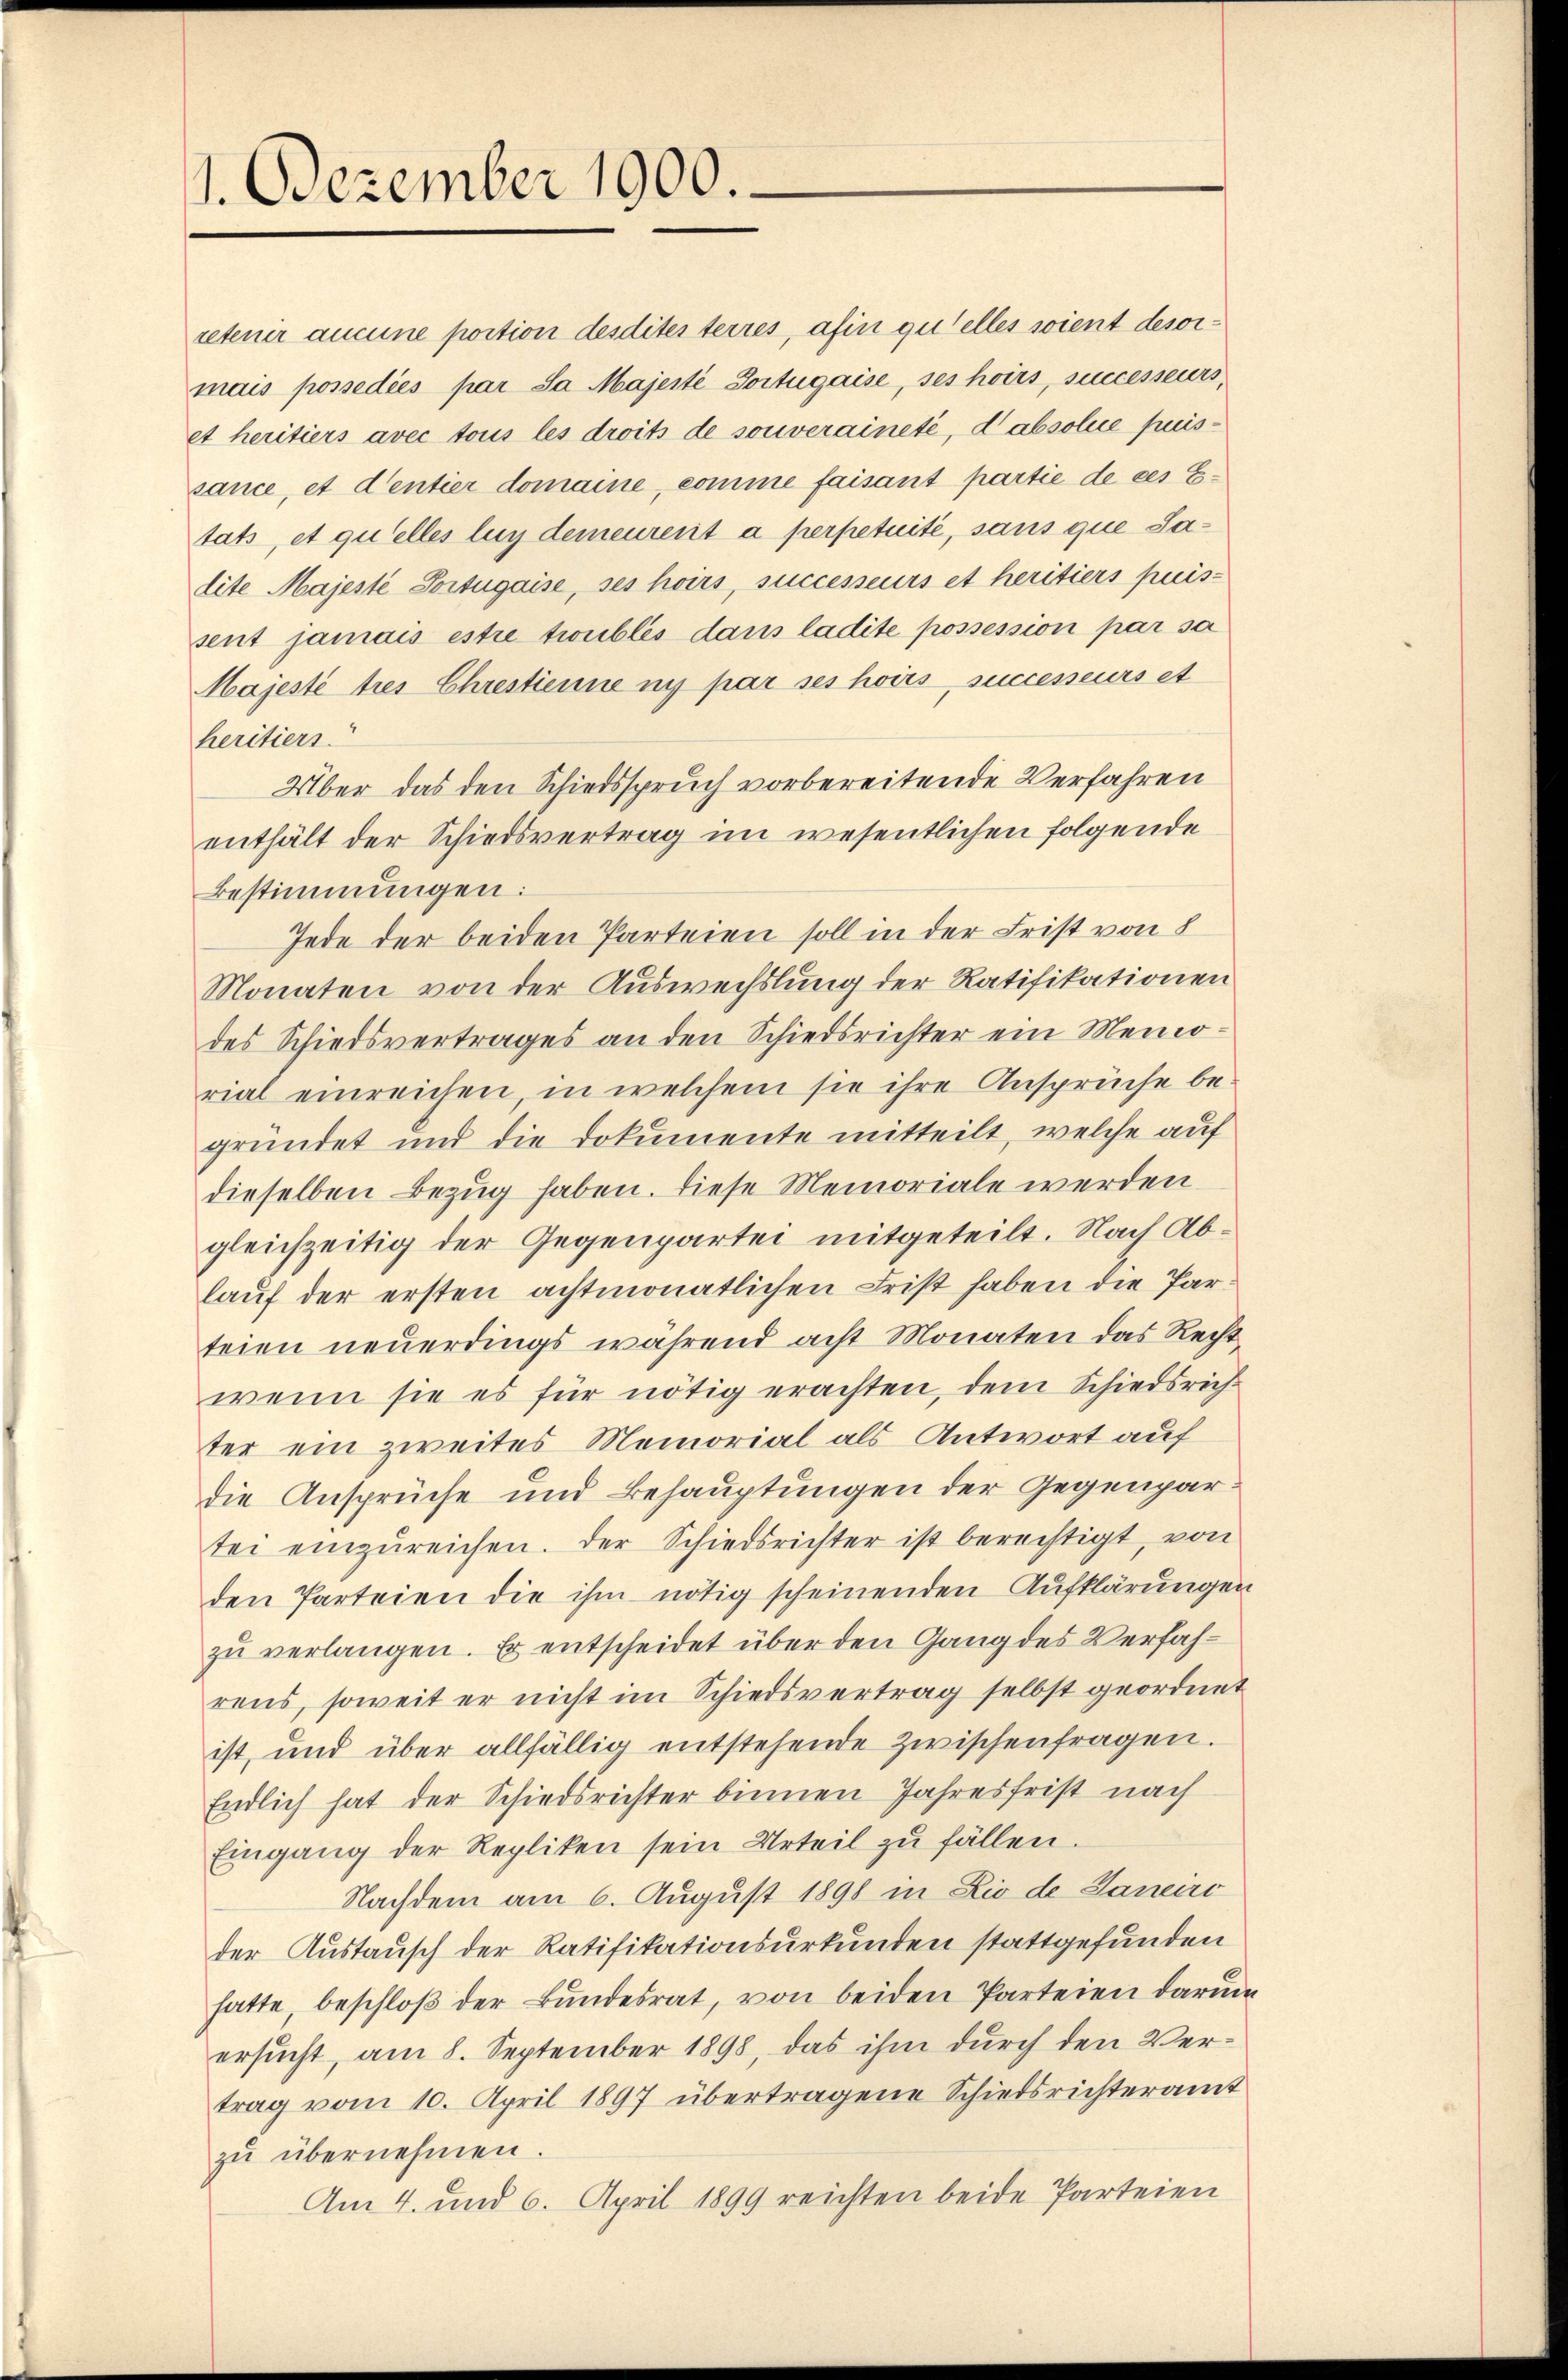
1. Dezember 1900.

retenir aucune portion desdites terres, afin qu’elles soient desormais possediés par Sa Majesté Portugaise, ses hoirs, successeurs,
et heritiers avec tous les droits de souveraineté, d’absolue puissance, et dentier domaine, comme faisant partie de ces E
tats, et quelles luy demeurent à perpetuité, sans que Sadite Majesté Portugaise, ses hoirs, successeurs et heritiers puis-
sent jamais estre troublés dans ladite possession par sa
Majesté tres Ehrestienne ni par ses hoirs successeurs et
heritiers.
Über das den Schiedsspruch vorbereitende Verfahren
enthält der Schiedsvertrag im wesentlichen folgende
Bestimmungen:
Jede der beiden Parteien soll in der Frist von 8
Monaten von der Auswechslung der Ratifikationen
des Schiedsvertrages an den Schiedsrichter ein Memorial einreichen, in welchem sie ihre Ansprüche be-
gründet und die Dokumente mitteilt, welche auf
dieselben Bezug haben. Diese Memoriale werden
gleichzeitig der Gegenpartei mitgeteilt. Nach Ablaŭf der ersten achtmonatlichen Frist haben die Parteien neuerdings während acht Monaten das Recht
wenn sie es für nötig erachten, dem Schiedsrich-
ter ein zweites Memorial als Antwort auf
die Ansprüche und Behauptungen der Gegenpartei einzŭreichen. Der Schiedsrichter ist berechtigt, von
den Parteien die ihm nötig scheinenden Aufklärungen
zŭ verlangen. Er entscheidet über den Gang des Verfahrens, soweit er nicht im Schiedsvertrag selbst geordnet
ist, und über allfällig entstehende zwischenfragen.
Endlich hat der Schiedsrichter binnen Jahresfrist nach
Eingang der Repliken sein Urteil zu fällen.
Nachdem am 6. August 1898 in Rio de Janeiro
der Austausch der Ratifikationsurkunden stattgefunden
hatte beschloß der Bŭndesrat, von beiden Parteien darum
ersucht, am 8. September 1898 das ihm durch den Vertrag vom 10. April 1897 übertragene Schiedsrichteramt
zŭ übernehmen.
Am 4. und 6. April 1899 reichten beide Parteien